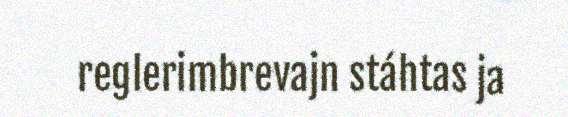
reglerimbrevajn stáhtas ja